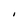
Character: I